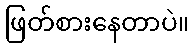
ဖြတ်စားနေတာပဲ။